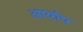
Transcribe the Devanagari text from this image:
आर्याप